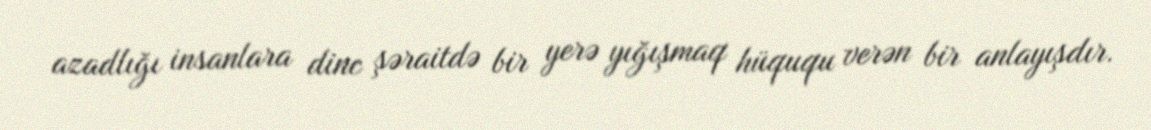
azadlığı insanlara dinc şəraitdə bir yerə yığışmaq hüququ verən bir anlayışdır.